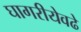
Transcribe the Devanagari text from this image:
घागरीयेवढे